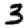
Digit: 3